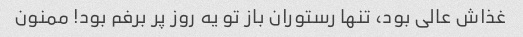
غذاش عالی بود، تنها رستوران باز تو یه روز پر برفم بود! ممنون